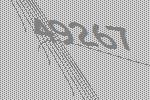
49267